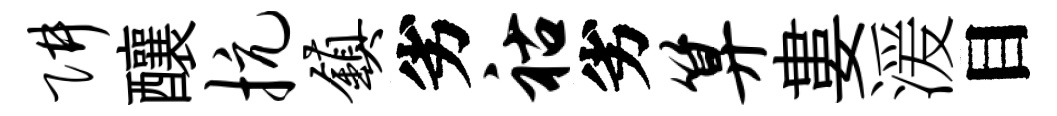
阱釀抗镇劣祜劣算婁湲目